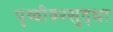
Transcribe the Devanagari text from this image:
पृथ्वीवरसुद्धा